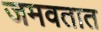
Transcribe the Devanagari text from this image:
जमवतात